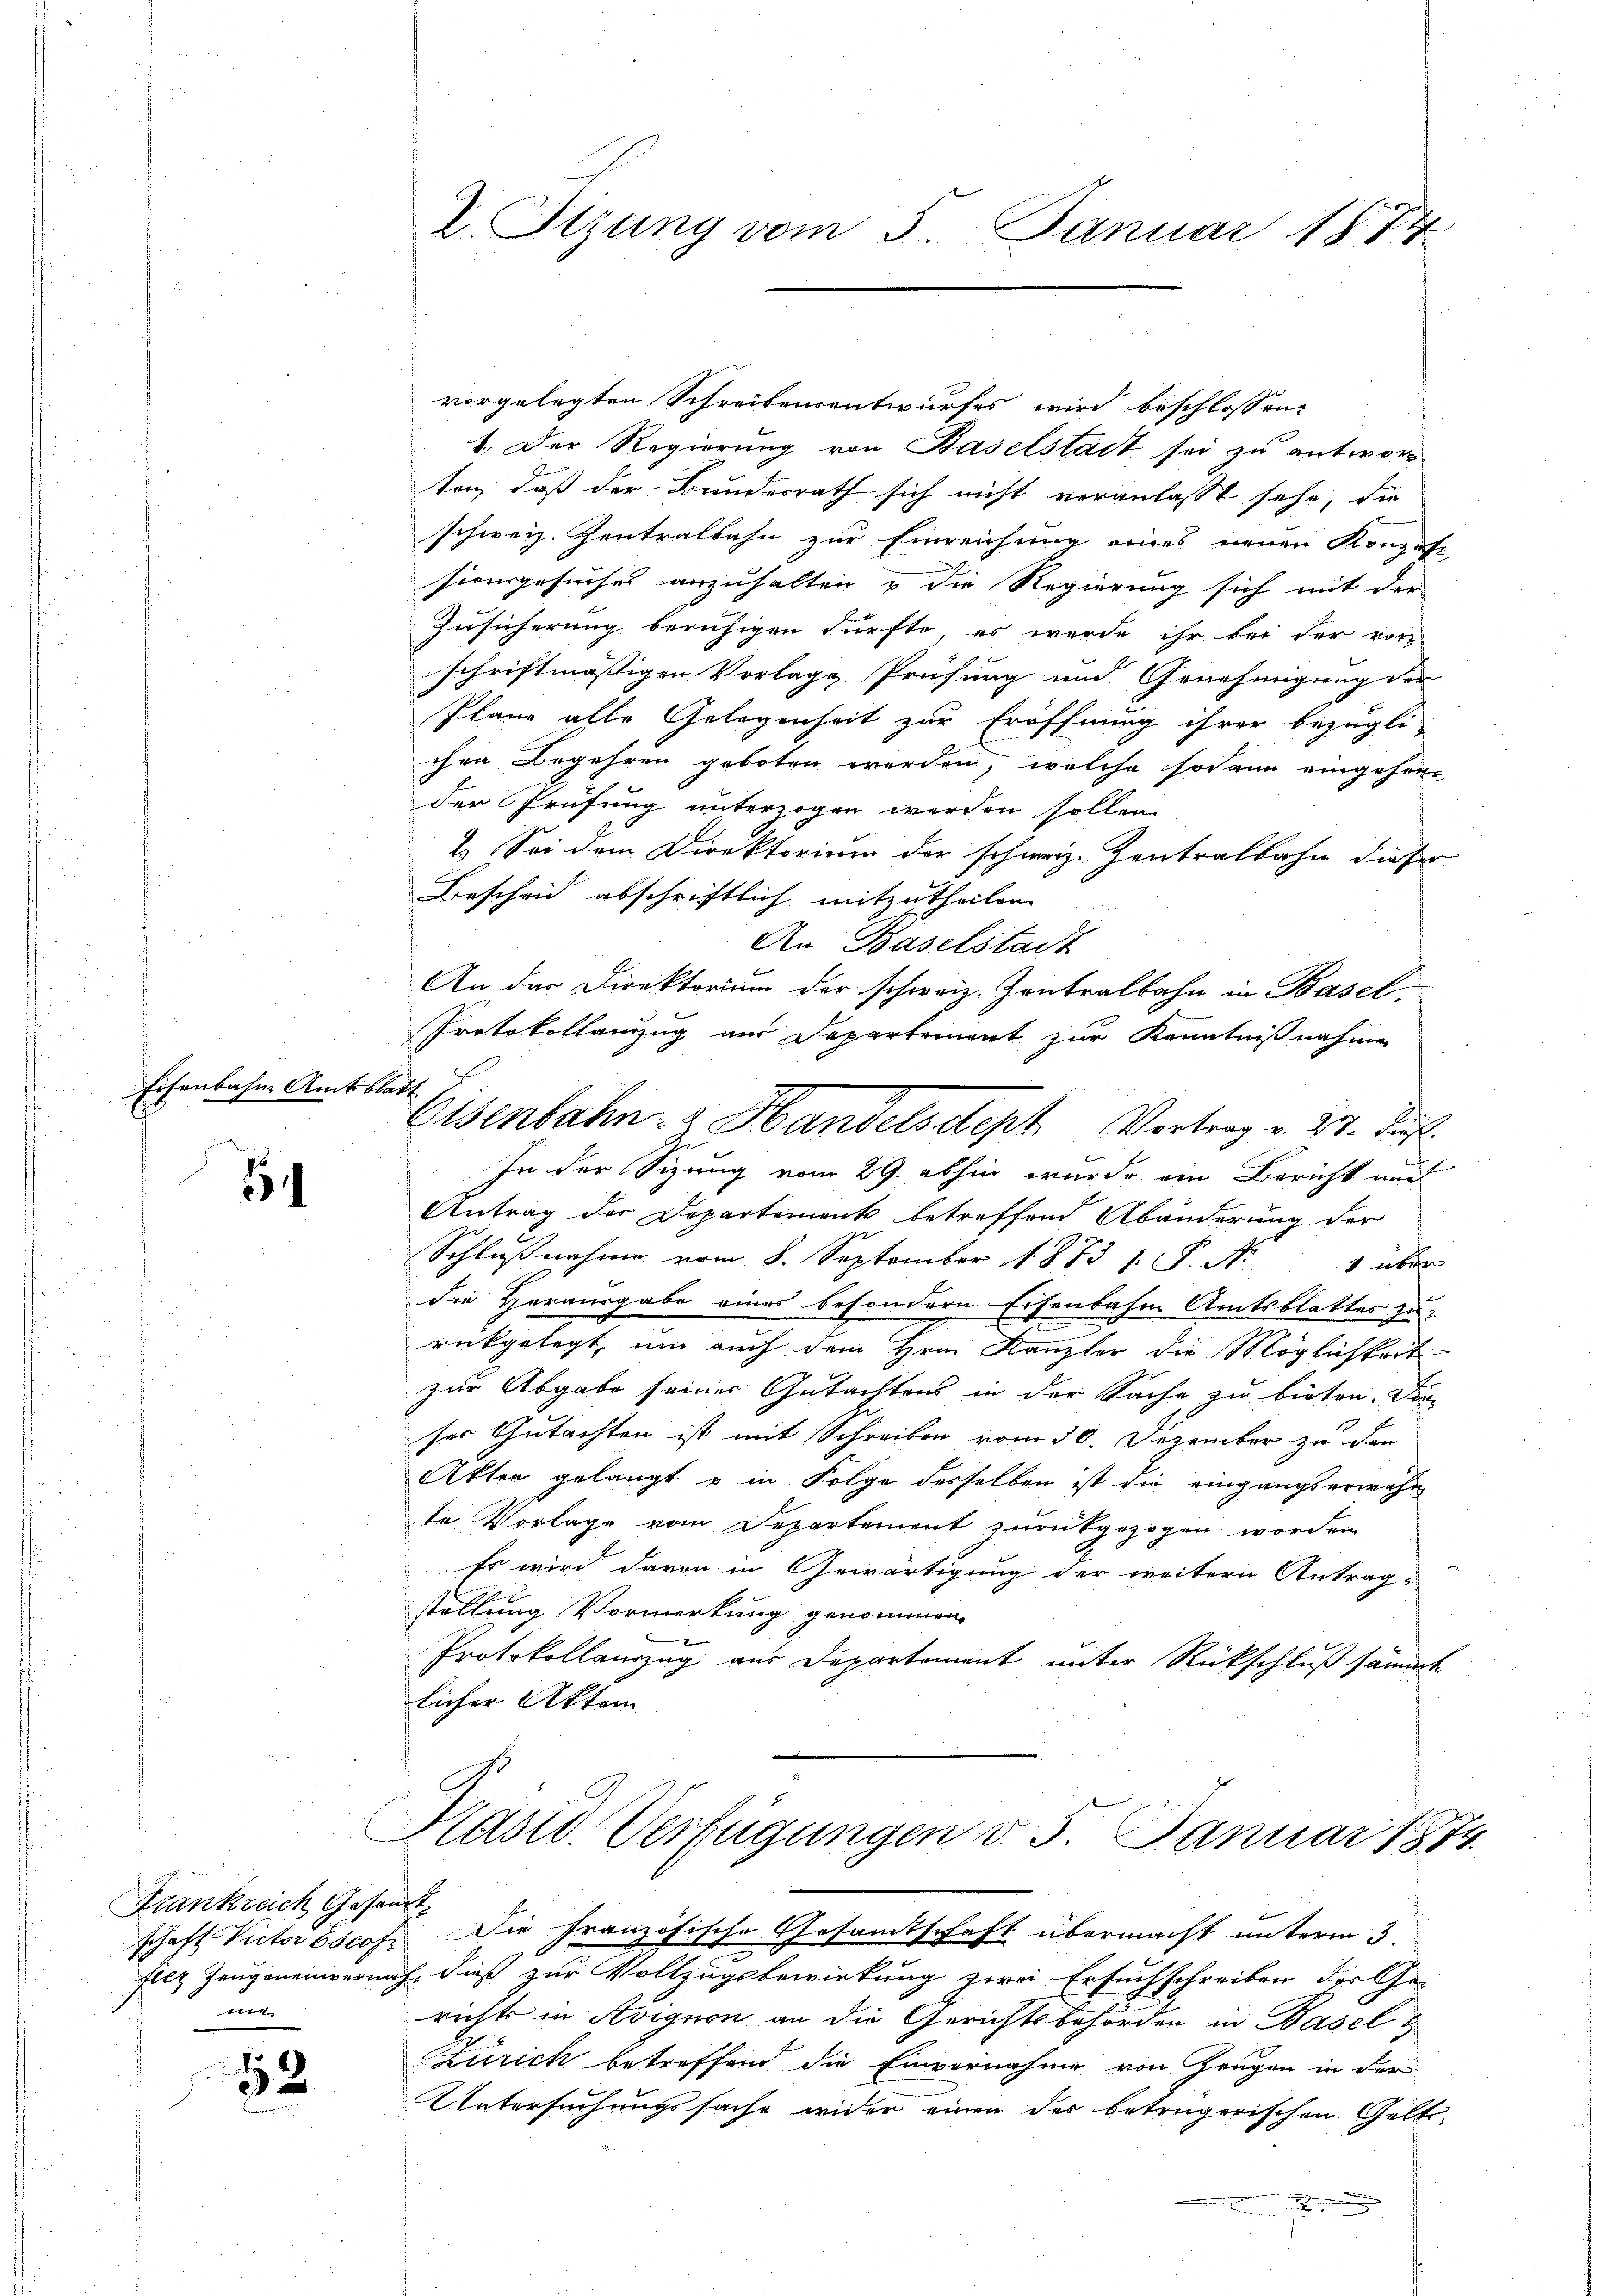
Eisenbahne Amtsbla

54

Krankreich Gesamt
nie

52

2. Sizung vom 5. Januar 1874

vorgelegten Schreibensentwurfes wird beschlossen:
1. Der Regierung von Baselstadt sei zu antwor
ten, daß der Bundesrath sich nicht veranlasst sehe, die
schweiz. Zentralsahn zur Einreichung eines neuen Kongest
sionsgesuches anzuhalten & die Regierung sich mit der
Zusicherung beruhigen dürfte, es werde ihr bei der vor-
schriftmäßigen Vorlage Prüfung und Genehmigung der
Plane alle Gelegenheit zur Eröffnung ihrer bezügli-
chen Begehren geboten werden, welche sodann eingeheit
der Prüfung unterzogen werden sollen
2. Sei dem Direktorium der schweiz. Zentralbahn dieser
Bescheid abschriftlich mitzutheilen.
An Baselstadt
An das Direktorium der schweiz. Zentralbahn in Basel,
Protokollanzug am Departement zur Kenntnißnahme
a
Eisenbahn- & Handelsdept Vortrag v. 27. ds.
In der Sizung vom 29. abhin wurde ein Bericht und
Antrag der Departement betreffend Abänderung der
Schlußnahme vom 8. September 1873 s. P. Nr. 1 über
die Herausgabe eines besondern Eisenbahn Amtsblattes zu
rükgelegt, um auch dem Hrn. Kanzler die Möglichkeit
zur Abgabe seiner Gutachtens in der Sache zu bieten. Dan
ser Gutachten ist mit Schreiben vom 30. Dezember zu den
Akten gelangt u in Folge desselben ist die eingangserwähn
te Vorlage vom Departement zurückgezogen worden
Es wird davon in Gewärtigung der weitern Antrag
stellung Vormerkung genommen.
Protokollauszug aus Departement unter Rückschluß sämmt
licher Akten

Präsid. Verfügungen d. 5. Januar 1874.
schaft Victor bscof. Die französische Gesamtschaft übermacht unterm 3.
t

filz Zeugeneinvernach dieß zur Vollzugsbewirkung zwei Ersuchschreiben der Ge-
richts in Avignon an die Gerichtsbehörden in Basel
Zürich betreffend die Einvernahme von Zeugen in der
Untersuchungssache wider einen der betrügerischen Gelt-